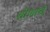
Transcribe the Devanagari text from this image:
शोणाचे